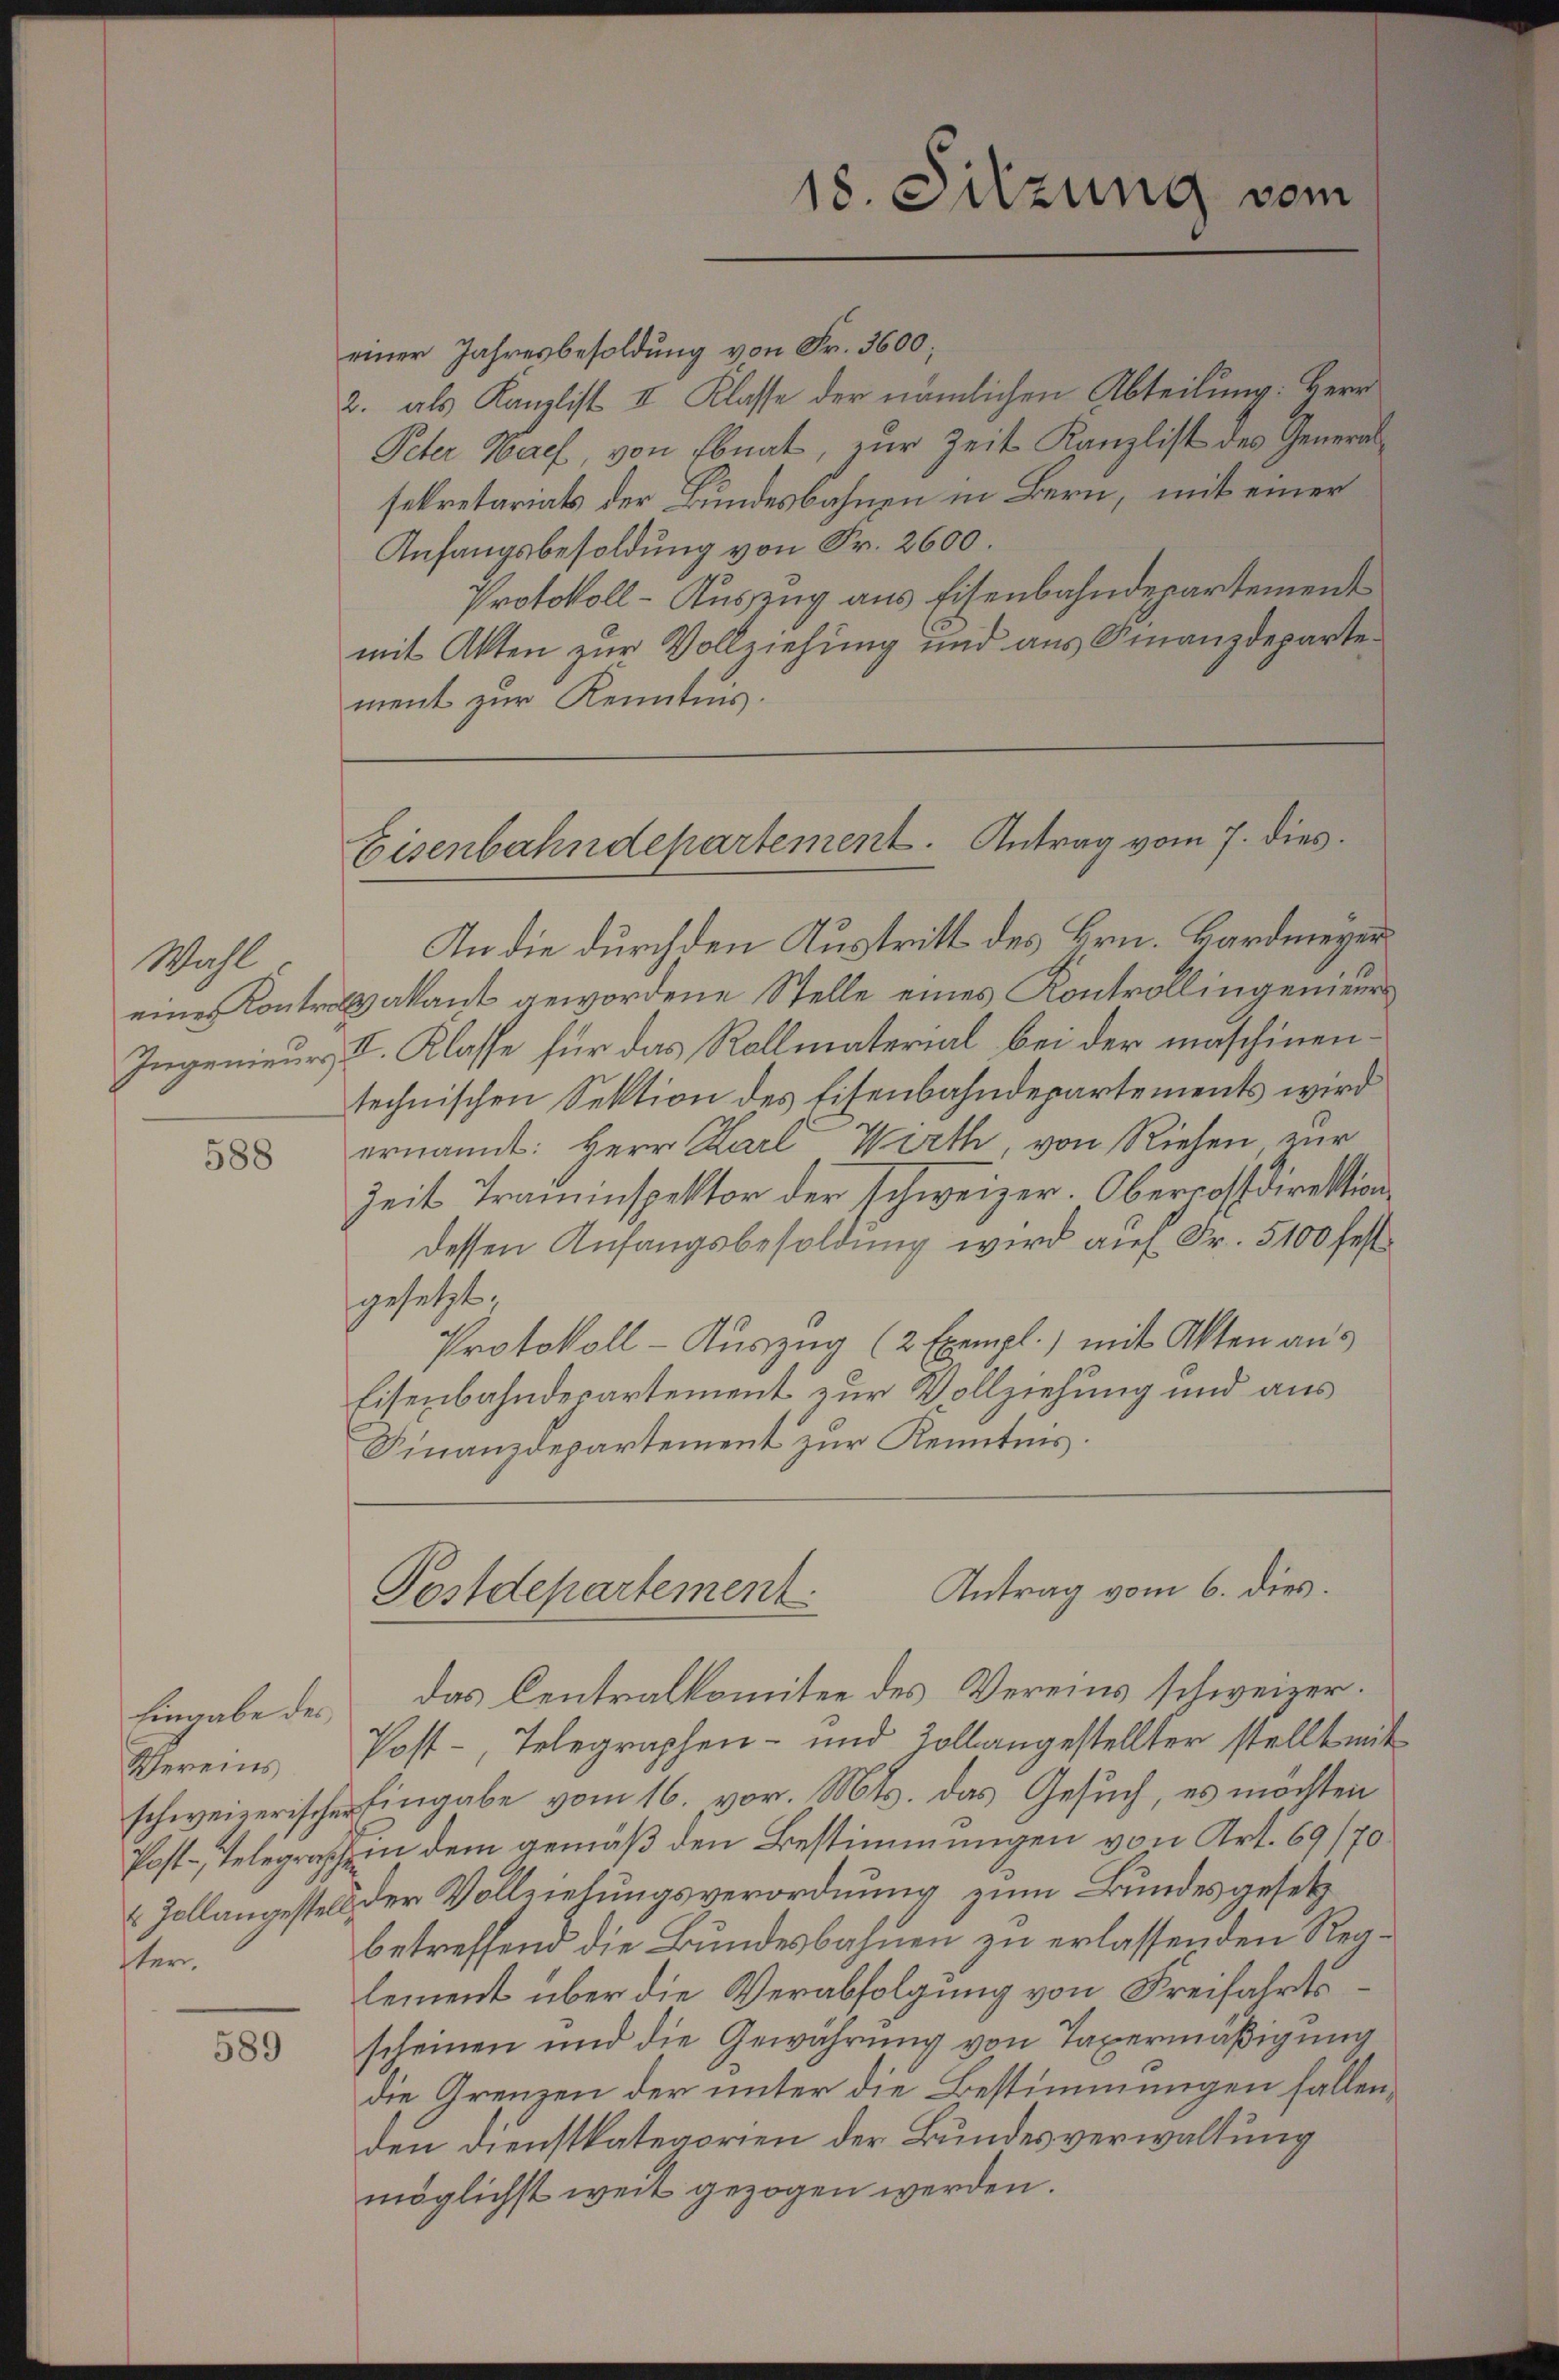
Wahl

588

Eingabe des
ster.

589

einer Jahresbesoldung von Fr. 3600;
2. als Kanzlist II Klasse der nämlichen Abteilung: Herr
Peter Nach, von Ebnat, zur Zeit Kanzlist des Generalsekretariats der Bundesbahnen in Bern, mit einer
Anfangsbesoldung von Fr. 2600.
Protokoll-Auszug aus Eisenbahndepartement
mit Akten zur Vollziehung und aus Finanzdepartement zur Kenntnis.

18. Sitzung vom

Eisenbahndepartement. Antrag vom 7. dies

Antrag vom 6. dies.
Postdepartement

In die durch den Austritt des Hrn. Hardmeyer
eines Kontrolvakant gewordene Stelle eines Kontrollingenieurs
Ingenieur I. Klasse für das Rollmaterial bei der maschinentechnischen Sektion des Eisenbahndepartements wird
ernannt: Herr Karl Wirth, von Riehen zur
Zeit Traminspektor der schweizer. Oberpostdirektion
dessen Anfangsbesoldung wird auf Fr. 5100 festgesetzt;
Protokoll- Auszug (2 Exempl.) mit Akten aus
Eisenbahndepartement zur Vollziehung und aus
Finanzdepartement zur Kenntnis

das Centralkomitee des Vereins schweizer.
Vereins Post-, Telegraphen- und Zollangestellter stellt mit
schweizerischer Eingabe vom 16. vor. Mts. das Gesuch, es möchten
Post-Telegrasche in dem gemäß den Bestimmungen von Art. 69/70
2 Zollangestell der Vollziehungsverordnung zum Bundesgesetz
betreffend die Bundesbahnen zu erlassenden Reglement über die Verabfolgung von Freifahrtsscheinen und die Gewährung von Taxermäßigung
die Grenzen der unter die Bestimmungen fallen,
den Dienstkategorien der Bundesverwaltung
möglichst weit gezogen werden.